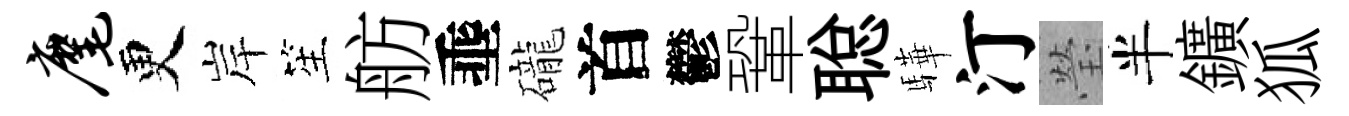
麾更岸笙舫埀礲首鬱鞏聪驊汀瑩半鑛狐